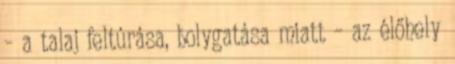
– a talaj feltúrása, bolygatása miatt – az élőhely